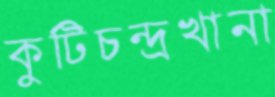
কুটিচন্দ্রখানা